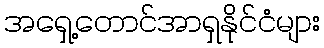
အရှေ့တောင်အာရှနိုင်ငံများ